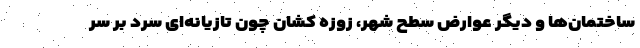
ساختمان‌ها و دیگر عوارض سطح شهر، زوزه کشان چون تازیانه‌ای سرد بر سر